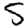
Digit: 5